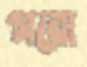
গরো